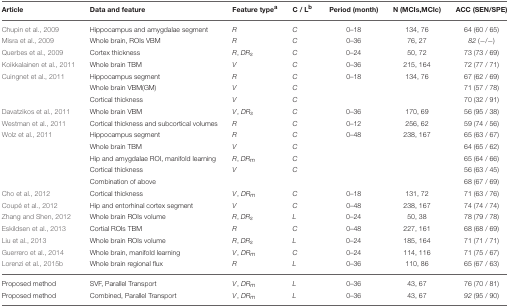
<table><thead><tr><td><b>Article</b></td><td><b>Data and feature</b></td><td><b>Feature type<sup>a</sup></b></td><td><b>C / L<sup>b</sup></b></td><td><b>Period (month)</b></td><td><b>N (MCIs,MCIc)</b></td><td><b>ACC (SEN/SPE)</b></td></tr></thead><tbody><tr><td>Chupin et al., 2009</td><td>Hippocampus and amygdalae segment</td><td><i>R</i></td><td><i>C</i></td><td>0–18</td><td>134, 76</td><td>64 (60 / 65)</td></tr><tr><td>Misra et al., 2009</td><td>Whole brain, ROIs VBM</td><td><i>R</i></td><td><i>C</i></td><td>0–36</td><td>76, 27</td><td><i>82</i> (−/−)</td></tr><tr><td>Querbes et al., 2009</td><td>Cortex thickness</td><td><i>R</i>, <i>DR</i><sub><i>s</i></sub></td><td><i>C</i></td><td>0–24</td><td>50, 72</td><td>73 (73 / 69)</td></tr><tr><td>Koikkalainen et al., 2011</td><td>Whole brain TBM</td><td><i>V</i></td><td><i>C</i></td><td>0–36</td><td>215, 164</td><td>72 (77 / 71)</td></tr><tr><td>Cuingnet et al., 2011</td><td>Hippocampus segment</td><td><i>R</i></td><td><i>C</i></td><td>0–18</td><td>134, 76</td><td>67 (62 / 69)</td></tr><tr><td></td><td>Whole brain VBM(GM)</td><td><i>V</i></td><td><i>C</i></td><td></td><td></td><td>71 (57 / 78)</td></tr><tr><td></td><td>Cortical thickness</td><td><i>V</i></td><td><i>C</i></td><td></td><td></td><td>70 (32 / 91)</td></tr><tr><td>Davatzikos et al., 2011</td><td>Whole brain VBM</td><td><i>V</i>, <i>DR</i><sub><i>s</i></sub></td><td><i>C</i></td><td>0–36</td><td>170, 69</td><td>56 (95 / 38)</td></tr><tr><td>Westman et al., 2011</td><td>Cortical thickness and subcortical volumes</td><td><i>R</i></td><td><i>C</i></td><td>0–12</td><td>256, 62</td><td>59 (74 / 56)</td></tr><tr><td>Wolz et al., 2011</td><td>Hippocampus segment</td><td><i>R</i></td><td><i>C</i></td><td>0–48</td><td>238, 167</td><td>65 (63 / 67)</td></tr><tr><td></td><td>Whole brain TBM</td><td><i>V</i></td><td><i>C</i></td><td></td><td></td><td>64 (65 / 62)</td></tr><tr><td></td><td>Hip and amygdalae ROI, manifold learning</td><td><i>R</i>, <i>DR</i><sub><i>m</i></sub></td><td><i>C</i></td><td></td><td></td><td>65 (64 / 66)</td></tr><tr><td></td><td>Cortical thickness</td><td><i>V</i></td><td><i>C</i></td><td></td><td></td><td>56 (63 / 45)</td></tr><tr><td></td><td>Combination of above</td><td></td><td></td><td></td><td></td><td>68 (67 / 69)</td></tr><tr><td>Cho et al., 2012</td><td>Cortical thickness</td><td><i>V</i>, <i>DR</i><sub><i>m</i></sub></td><td><i>C</i></td><td>0–18</td><td>131, 72</td><td>71 (63 / 76)</td></tr><tr><td>Coupé et al., 2012</td><td>Hip and entorhinal cortex segment</td><td><i>V</i></td><td><i>C</i></td><td>0–48</td><td>238, 167</td><td>74 (74 / 74)</td></tr><tr><td>Zhang and Shen, 2012</td><td>Whole brain ROIs volume</td><td><i>R</i>, <i>DR</i><sub><i>s</i></sub></td><td><i>L</i></td><td>0–24</td><td>50, 38</td><td>78 (79 / 78)</td></tr><tr><td>Eskildsen et al., 2013</td><td>Cortial ROIs TBM</td><td><i>R</i></td><td><i>C</i></td><td>0–48</td><td>227, 161</td><td>68 (68 / 69)</td></tr><tr><td>Liu et al., 2013</td><td>Whole brain ROIs volume</td><td><i>R</i>, <i>DR</i><sub><i>s</i></sub></td><td><i>L</i></td><td>0–24</td><td>185, 164</td><td>71 (71 / 71)</td></tr><tr><td>Guerrero et al., 2014</td><td>Whole brain, manifold learning</td><td><i>V</i>, <i>DR</i><sub><i>m</i></sub></td><td><i>C</i></td><td>0–24</td><td>114, 116</td><td>71 (75 / 67)</td></tr><tr><td>Lorenzi et al., 2015b</td><td>Whole brain regional flux</td><td><i>R</i></td><td><i>L</i></td><td>0–36</td><td>110, 86</td><td>65 (67 / 63)</td></tr><tr><td>Proposed method</td><td>SVF, Parallel Transport</td><td><i>V</i>, <i>DR</i><sub><i>m</i></sub></td><td><i>L</i></td><td>0–36</td><td>43, 67</td><td>76 (70 / 81)</td></tr><tr><td>Proposed method</td><td>Combined, Parallel Transport</td><td><i>V</i>, <i>DR</i><sub><i>m</i></sub></td><td><i>L</i></td><td>0–36</td><td>43, 67</td><td><i>92</i> (95 / 90)</td></tr></tbody></table>